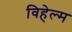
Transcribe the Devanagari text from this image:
विहेल्म